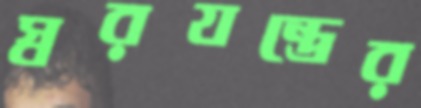
স্বরযন্ত্রের